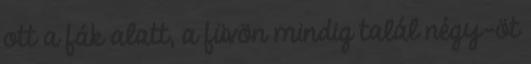
ott a fák alatt, a füvön mindig talál négy-öt